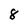
Character: 8